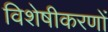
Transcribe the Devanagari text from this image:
विशेषीकरणों